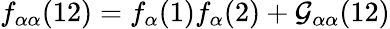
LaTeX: f_{\alpha\alpha}(12)=f_{\alpha}(1)f_{\alpha}(2)+\mathcal{G}_{\alpha\alpha}(12)